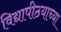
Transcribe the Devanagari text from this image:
विद्यापीठयाच्या